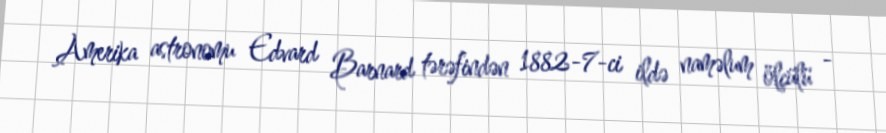
Amerika astronomu Edvard Barnard tərəfindən 1882-7-ci ildə naməlum ölçülü -